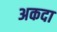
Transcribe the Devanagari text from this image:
अकदा